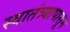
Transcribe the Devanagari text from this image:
स्वातंत्र्यापासून